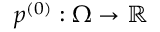
p ^ { ( 0 ) } : \Omega \to \mathbb { R }